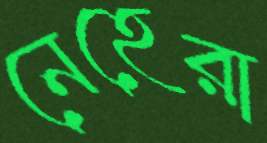
নেহেরা